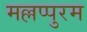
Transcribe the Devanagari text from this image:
मल्लप्पुरम